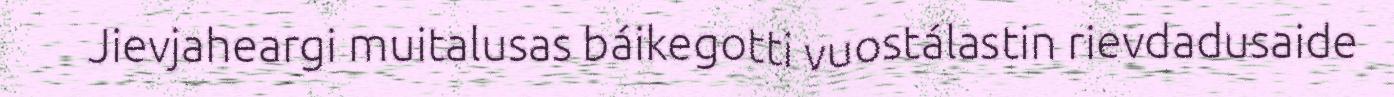
Jievjaheargi muitalusas báikegotti vuostálastin rievdadusaide